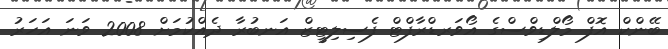
ބޭންކް އޮފް މޯލްޑިވްސްގެ އޯވަރޑްރާފްޓް ފެސިލިޓީޒް އަނބުރާ ދެއްކުމަށް 2008 ވަނަ އަހަރު